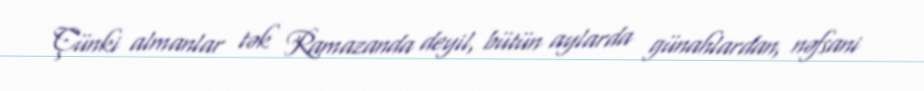
Çünki almanlar tək Ramazanda deyil, bütün aylarda günahlardan, nəfsani